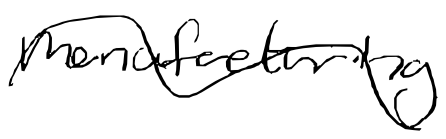
Text: manufacturing
Cross-out: wave
Writing tool: digital_black